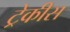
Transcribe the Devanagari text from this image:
ट्रेकीस